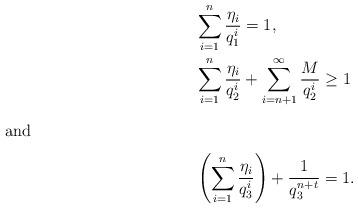
LaTeX: \begin{align*}&\sum_{i=1}^n\frac{\eta_i}{q_1^i}=1,\\ &\sum_{i=1}^n\frac{\eta_i}{q_2^i}+\sum_{i=n+1}^{\infty}\frac{M}{q_2^i}\ge 1\intertext{and} &\left( \sum_{i=1}^n\frac{\eta_i}{q_3^i}\right) +\frac{1}{q_3^{n+t}}=1.\end{align*}